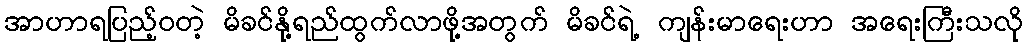
အာဟာရပြည့်ဝတဲ့ မိခင်နို့ရည်ထွက်လာဖို့အတွက် မိခင်ရဲ့ ကျန်းမာရေးဟာ အရေးကြီးသလို